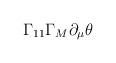
LaTeX: \begin{align*}\Gamma_{11}\Gamma_M\partial_{\mu}\theta \end{align*}